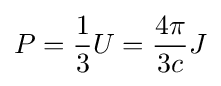
P={\frac {1}{3}}U={\frac {4\pi }{3c}}J